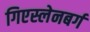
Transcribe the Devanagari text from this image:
गिएस्लेनबर्ग